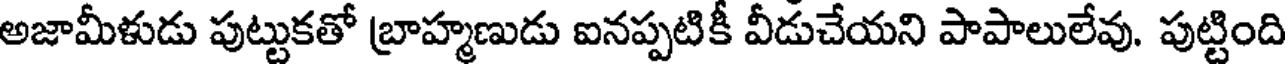
అజామీళుడు పుట్టుకతో బ్రాహ్మణుడు ఐనప్పటికీ వీడుచేయని పాపాలులేవు. పుట్టింది